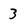
Character: 3